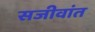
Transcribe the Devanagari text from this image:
सजीवांत